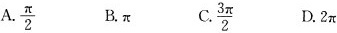
A. \frac{\pi}{2} B. \pi C. \frac{3 \pi}{2} D. 2\pi